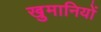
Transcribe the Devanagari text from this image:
खुमानियों